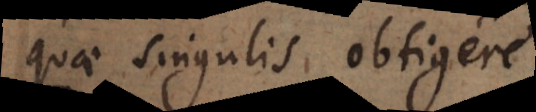
quae singulis obtigere.